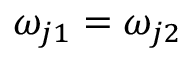
\omega _ { j 1 } = \omega _ { j 2 }